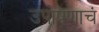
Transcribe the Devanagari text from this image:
उपोषणाचं